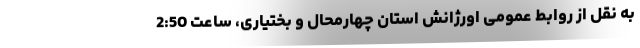
به نقل از روابط عمومی اورژانش استان چهارمحال و بختیاری، ساعت 2:50